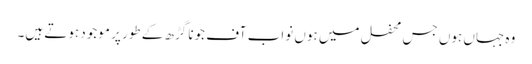
وہ جہاں ہوں جس محفل میں ہوں نواب آف جونا گڑھ کے طور پر موجود ہوتے ہیں۔